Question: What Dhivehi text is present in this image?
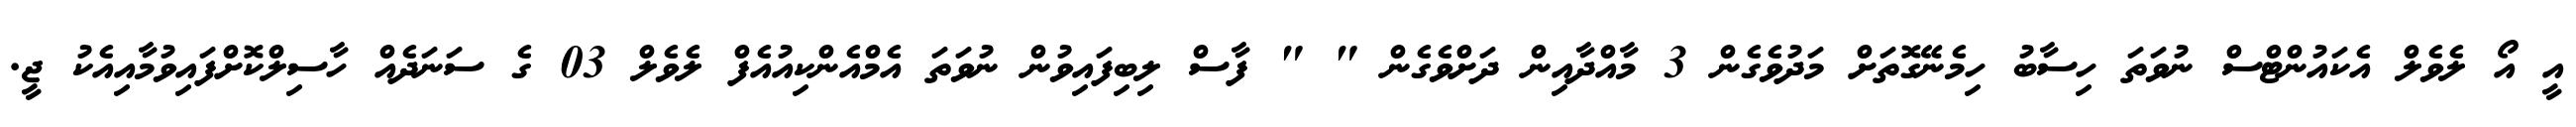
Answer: އީ އޯ ލެވެލް އެކައުންޓްސް ނުވަތަ ހިސާބު ހިމެނޭގޮތަށް މަދުވެގެން 3 މާއްދާއިން ދަށްވެގެން " " ފާސް ލިބިފައިވުން ނުވަތަ އެމްއެންކިއުއެފް ލެވެލް 03 ގެ ސަނަދެއް ހާސިލްކޮށްފައިވުމާއިއެކު ޖީ.